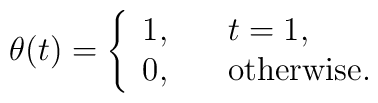
\theta(t)=\left\{\begin{array}{ll}				1, \quad & t=1,\\	0,\quad & \mbox{otherwise}. 	\end{array}\right.